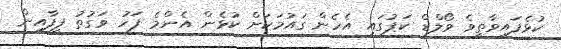
ކުޅެފައިވާތީވެ ވޯލްޑް ކަޕުގައި އެހެން ގައުމަކަށް ކުޅެން އެންމެ ފަހު ވަގުތު ފީފާއިން